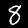
Label: 8